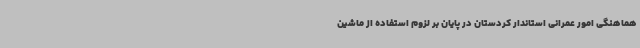
هماهنگی امور عمرانی استاندار کردستان در پایان بر لزوم استفاده از ماشین